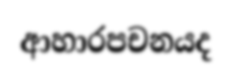
ආහාරපචනයද